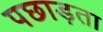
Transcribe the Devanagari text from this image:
पछाड़ता